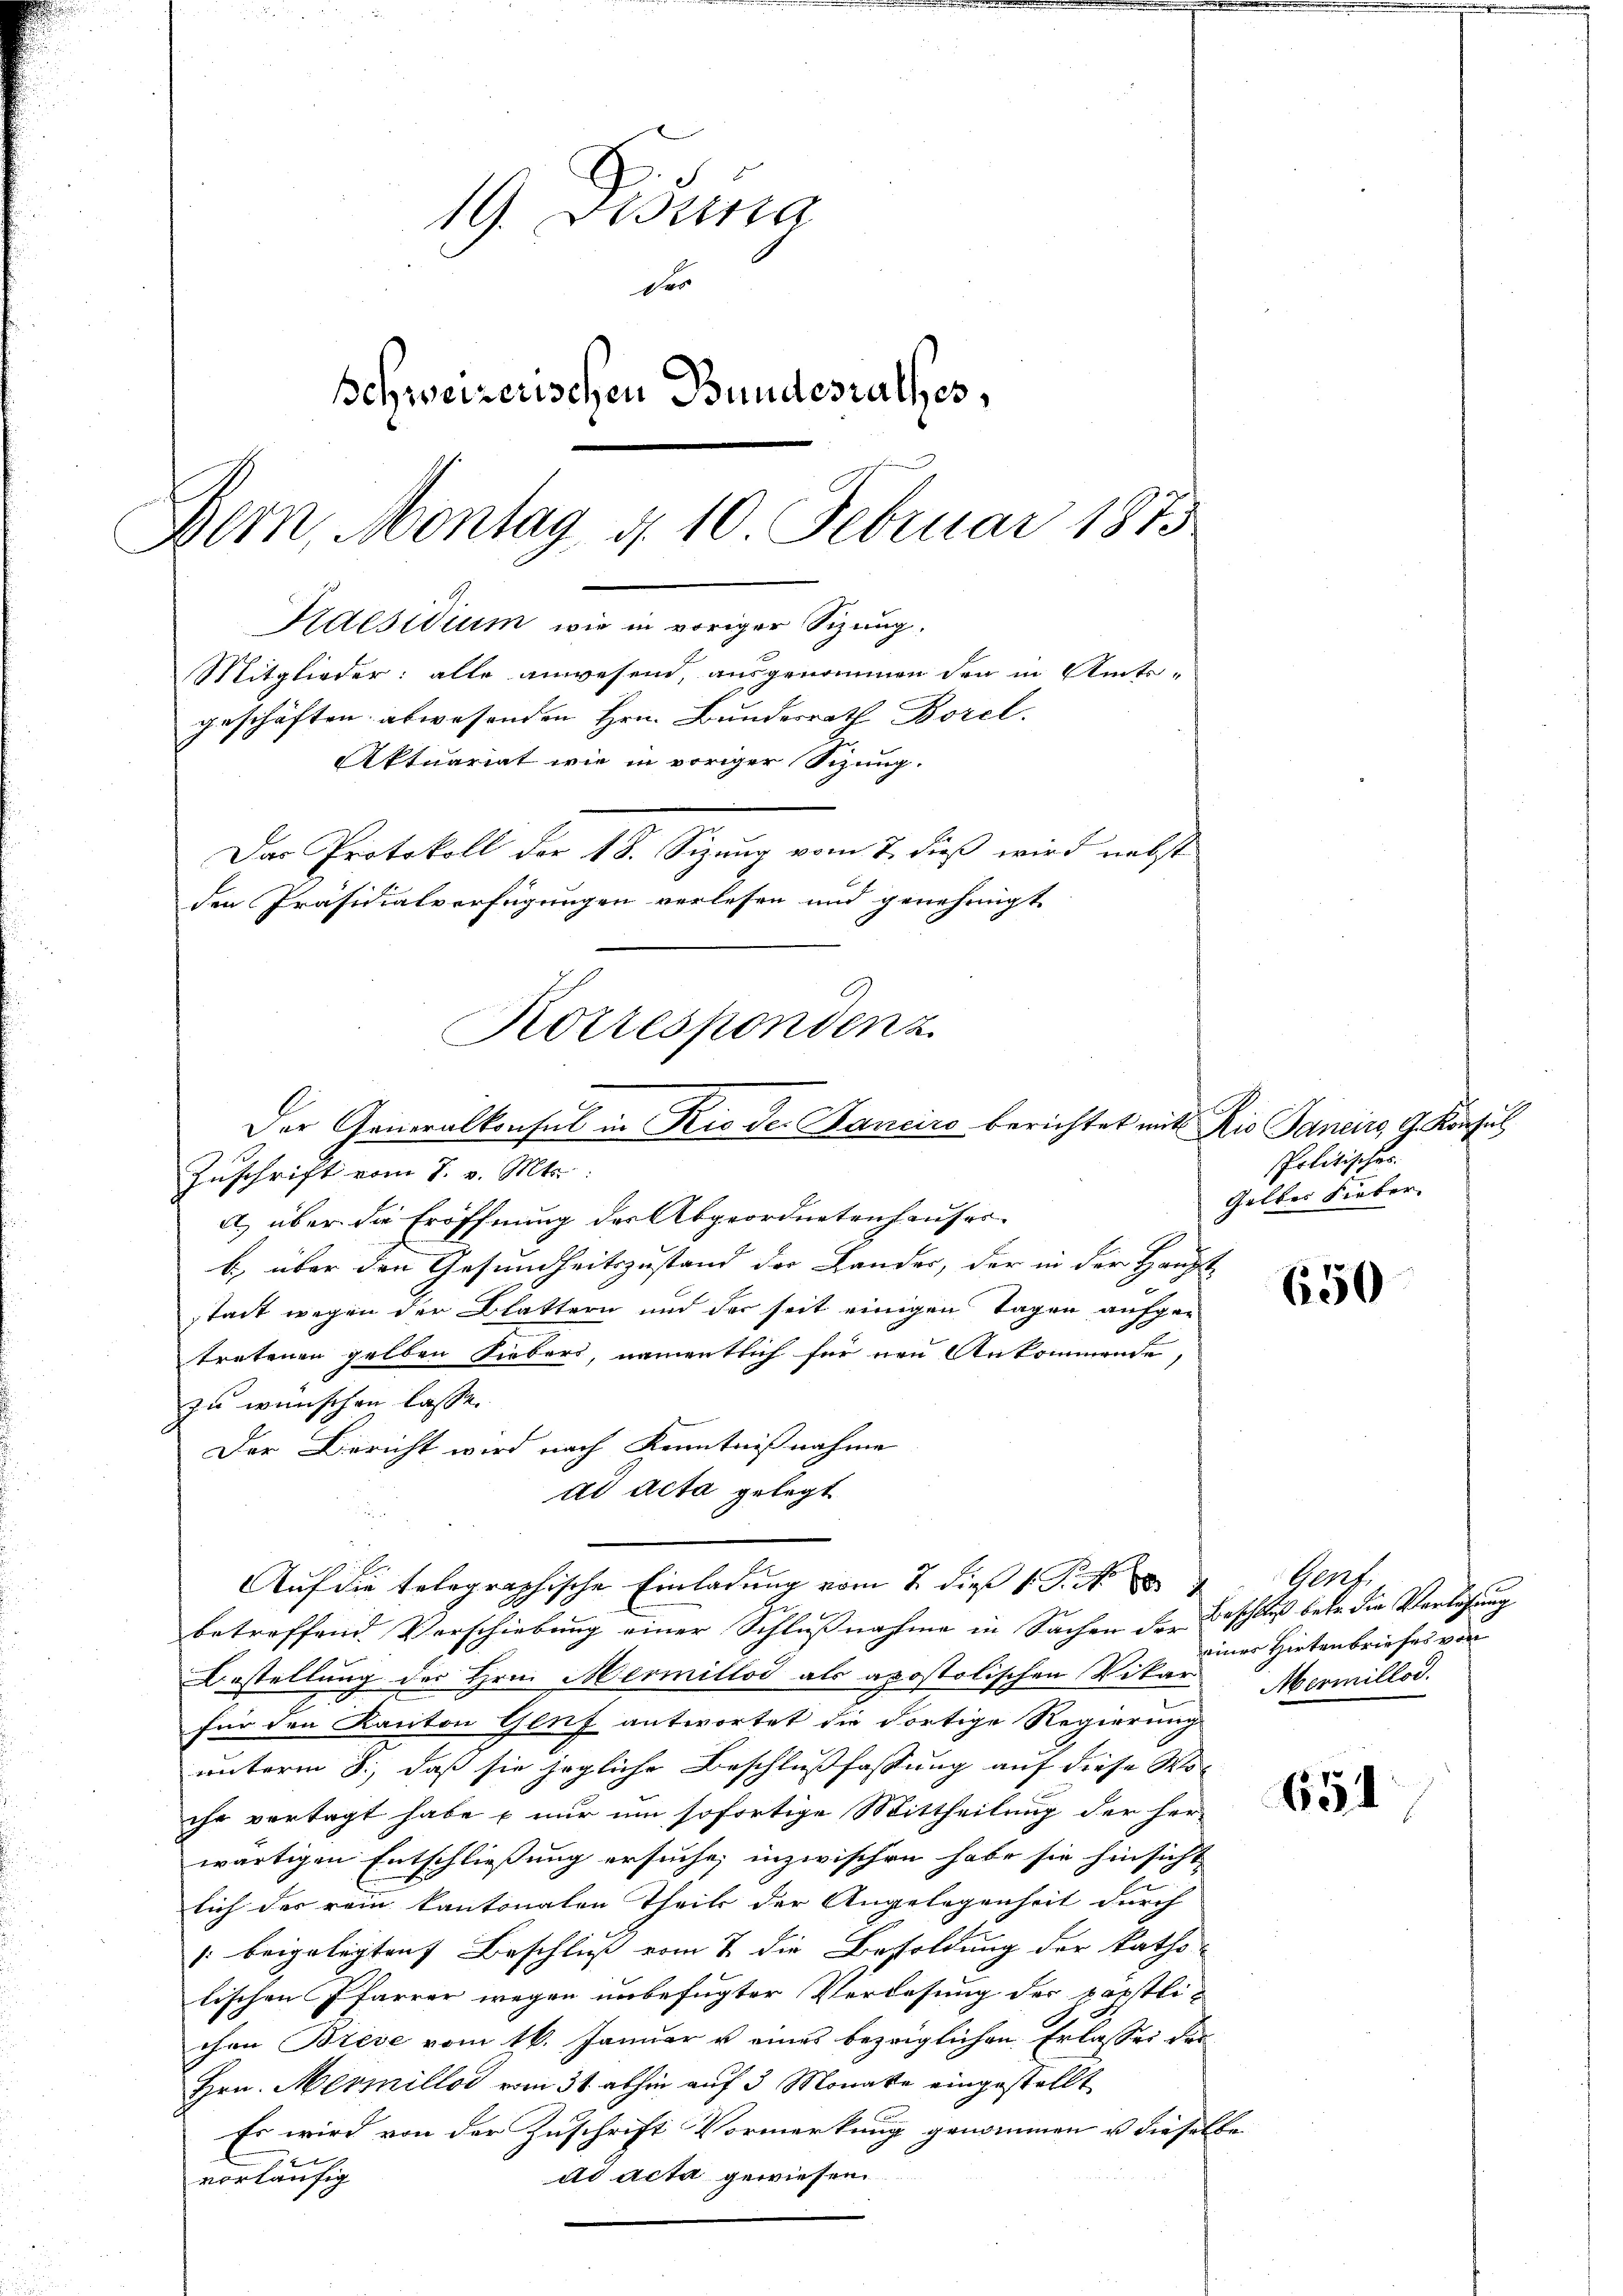
19. Bestina
des
schweizerischen Bundesrathes,
Bern, Montag d. 10 Februar 1875
Kaesidium wie in voriger Sizung.
Mitglieder: alle anwesend, ausgenommen den in Amts-
geschäften abwesenden Hrn. Bundesrath Borel
Aktuariat wie in voriger Sizung.
Das Protokoll der 18. Sizung vom 7. dieß wird nebst
den Präsidialverfügungen verlesen und genehmigt

Korresponden z
Der Generalkonsul in Rio der Hanciro berichtet mit Die Janeirs, G. Konsul
Zuschrift vom 7. v. Mts.:
a) über die Eröffnung der Abgeordnetenhauser-

b) über den Gesundheitszustand der Lander, der in der Haupt-
stadt wegen der Blättern und der seit einigen Tagen aufgetretenen gelben Siebers, namentlich für neu Ankommende,
zu wünschen lasse.
Der Bericht wird nach Kenntnißnahme
ad acta gelegt
Er
betreffend Verschiebung einer Schlußnahme in Sachen der Beschluß betr. die Verlesung
Bestellung des Hrn. Mermitlod als apostolischen Vikar Mermillod.
2
für den Kanton Genf antwortet die dortige Regierung
unterm 8., daß sie jegliche Beschlußfassung auf diese Woihr vertagt habe & nur um sofortige Mittheilung der herwärtigen Entschließung ersuche; inzwischen habe sie hinsicht
lich des rein kantonalen Theils der Angelegenheit durch
/ beigelegten Beschluß vom 2 die Besoldung der katho-
lischen Pfarrer wegen unbefugter Verlesung der Popstli-
chen Breve vom 16. Januar u eines bezeiglichen Erlassen der
Hrn. Mermillos vom 31. abhin auf 3 Monate eingestellt
Es wird von der Zuschrift Vormerkung genommen u dieselbe
ad acta gewiesen
vorläufig

Auf die telegraphische Einladung vom 7. dieß 1. P. M.

.
Politisches.
Gelbes Fieber

650

654

Gert
einer Hirtenbriefes von